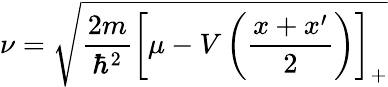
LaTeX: {\nu=\sqrt{\frac{2m}{\hbar^{2}}\left[\mu-V\left(\frac{x+x^{\prime}}{2}\right)\right]_{+}}}